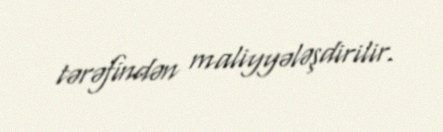
tərəfindən maliyyələşdirilir.